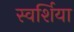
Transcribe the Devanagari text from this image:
स्वर्शिया